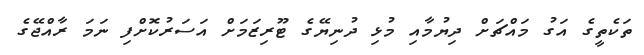
ތަކެތީގެ އަގު މައްޗަށް ދިޔުމާއި މުޅި ދުނިޔޭގެ ޓޫރިޒަމަށް އަސަރުކޮށްފި ނަމަ ރާއްޖޭގެ